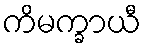
ကိမက္ခာယီ